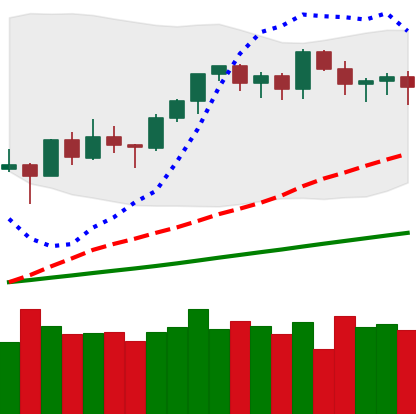
Ticker: ETH-USD
Chart end date: 2021-03-18
Forward return: -5.845%
Label: down_5_7